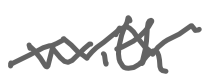
Text: with
Cross-out: zig-zag
Writing tool: digital_gray